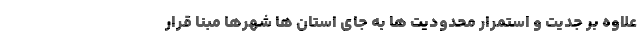
علاوه بر جدیت و استمرار محدودیت ها به جای استان ها شهرها مبنا قرار